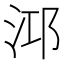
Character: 𪵹